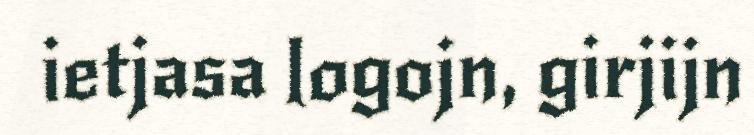
ietjasa logojn, girjijn